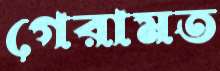
গেরামত